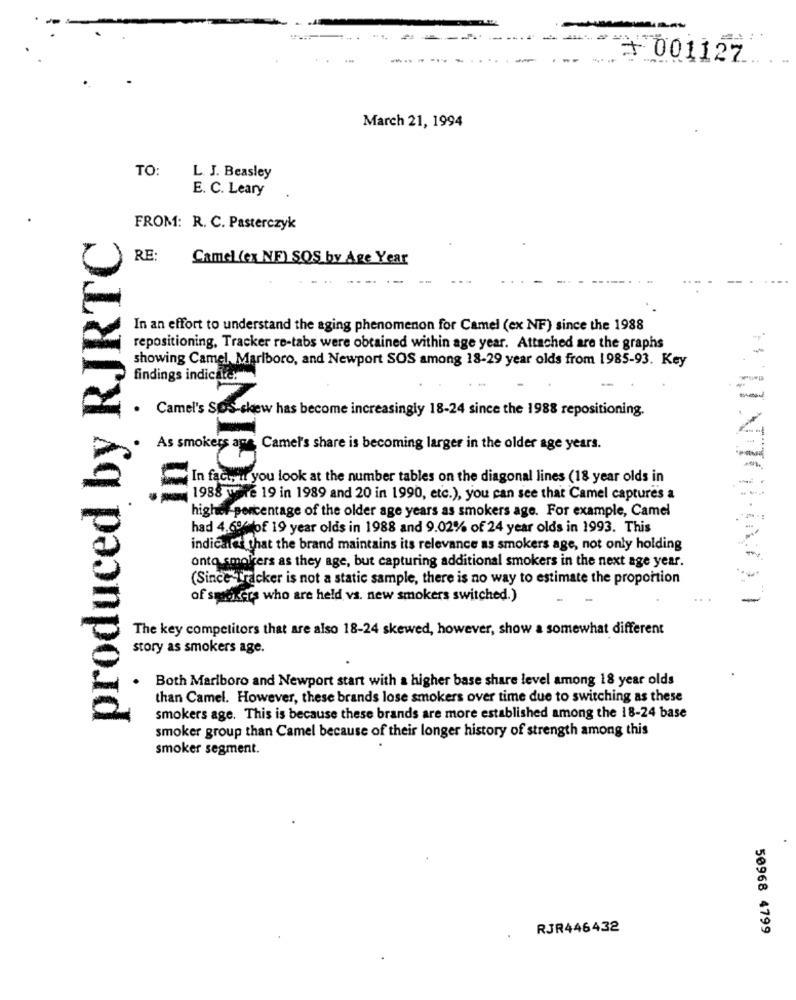
--
+ 001127
March 21, 1994
TO:
L. J. Beasley
E. C. Leary
produced by RJRTC
FROM: R. C. Pasterczyk
RE:
Camel (ex NF) SOS by Age Year
--.
In an effort to understand the aging phenomenon for Camel (ex NF) since the 1988
repositioning. Tracker re-tabs were obtained within age year. Attached are the graphs
showing Camel, Marlboro, and Newport SOS among 18-29 year olds from 1985-93. Key
findings indicatesmin
-
. Camel's SOS-skew has become increasingly 18-24 since the 1988 repositioning.
As smokers ane Camel's share is becoming larger in the older age years.
in
-
In faces you look at the number tables on the diagonal lines (18 year olds in
1988 were 19 in 1989 and 20 in 1990, etc.), you can see that Camel captures a
higher-percentage of the older age years as smokers age. For example, Camel
had 4,69%of 19 year olds in 1988 and 9.02% of 24 year olds in 1993. This
indicate that the brand maintains its relevance as smokers age, not only holding
onto smolders as they age, but capturing additional smokers in the next age year.
(Since Wacker is not a static sample, there is no way to estimate the proportion
of smokers who are held vs. new smokers switched.)
The key competitors that are also 18-24 skewed, however, show a somewhat different
story as smokers age.
Both Marlboro and Newport start with a higher base share level among 18 year olds
than Camel. However, these brands lose smokers over time due to switching as these
smokers age. This is because these brands are more established among the 18-24 base
smoker group than Camel because of their longer history of strength among this
smoker segment.
RJR446432
50968 4799